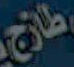
طازج